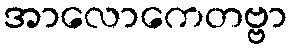
အာလောကေတဗ္ဗာ